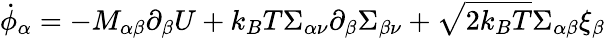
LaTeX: \dot{\phi}_{\alpha}=-M_{\alpha\beta}\partial_{\beta}U+k_{B}T\Sigma_{\alpha\nu}\partial_{\beta}\Sigma_{\beta\nu}+\sqrt{2k_{B}T}\Sigma_{\alpha\beta}\xi_{\beta}